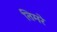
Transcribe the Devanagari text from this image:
तिमरे